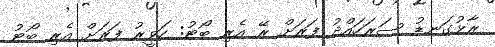
ރާޅުގަނޑު ސަރަހައްދު ފަރަށް ރޭ އެރި ބޯޓު: ހަވީރު ފަރަށް އެރި ބޯޓު